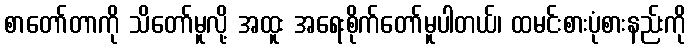
စာတော်တာကို သိတော်မူလို့ အထူး အရေးစိုက်တော်မူပါတယ်၊ ထမင်းစားပုံစားနည်းကို